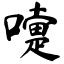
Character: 嚏